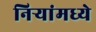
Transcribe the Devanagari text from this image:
निऱ्यांमध्ये